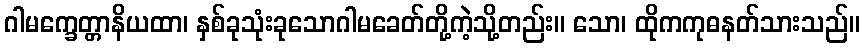
ဂါမက္ခေတ္တာနိယထာ၊ နှစ်ခုသုံးခုသောဂါမခေတ်တို့ကဲ့သို့တည်း။ သော၊ ထိုကကုဓနတ်သားသည်။